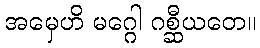
အမှေဟိ မဂ္ဂေါ ဂစ္ဆီယတေ။